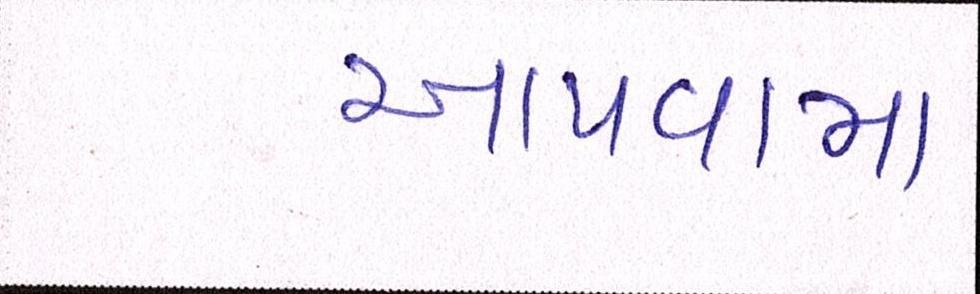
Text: આપવામા